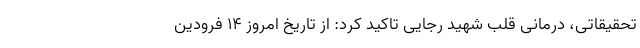
تحقیقاتی، درمانی قلب شهید رجایی تاکید کرد: از تاریخ امروز ۱۴ فرودین